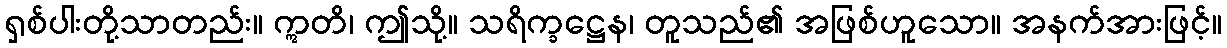
ရှစ်ပါးတို့သာတည်း။ ဣတိ၊ ဤသို့။ သရိက္ခဋ္ဌေန၊ တူသည်၏ အဖြစ်ဟူသော။ အနက်အားဖြင့်။